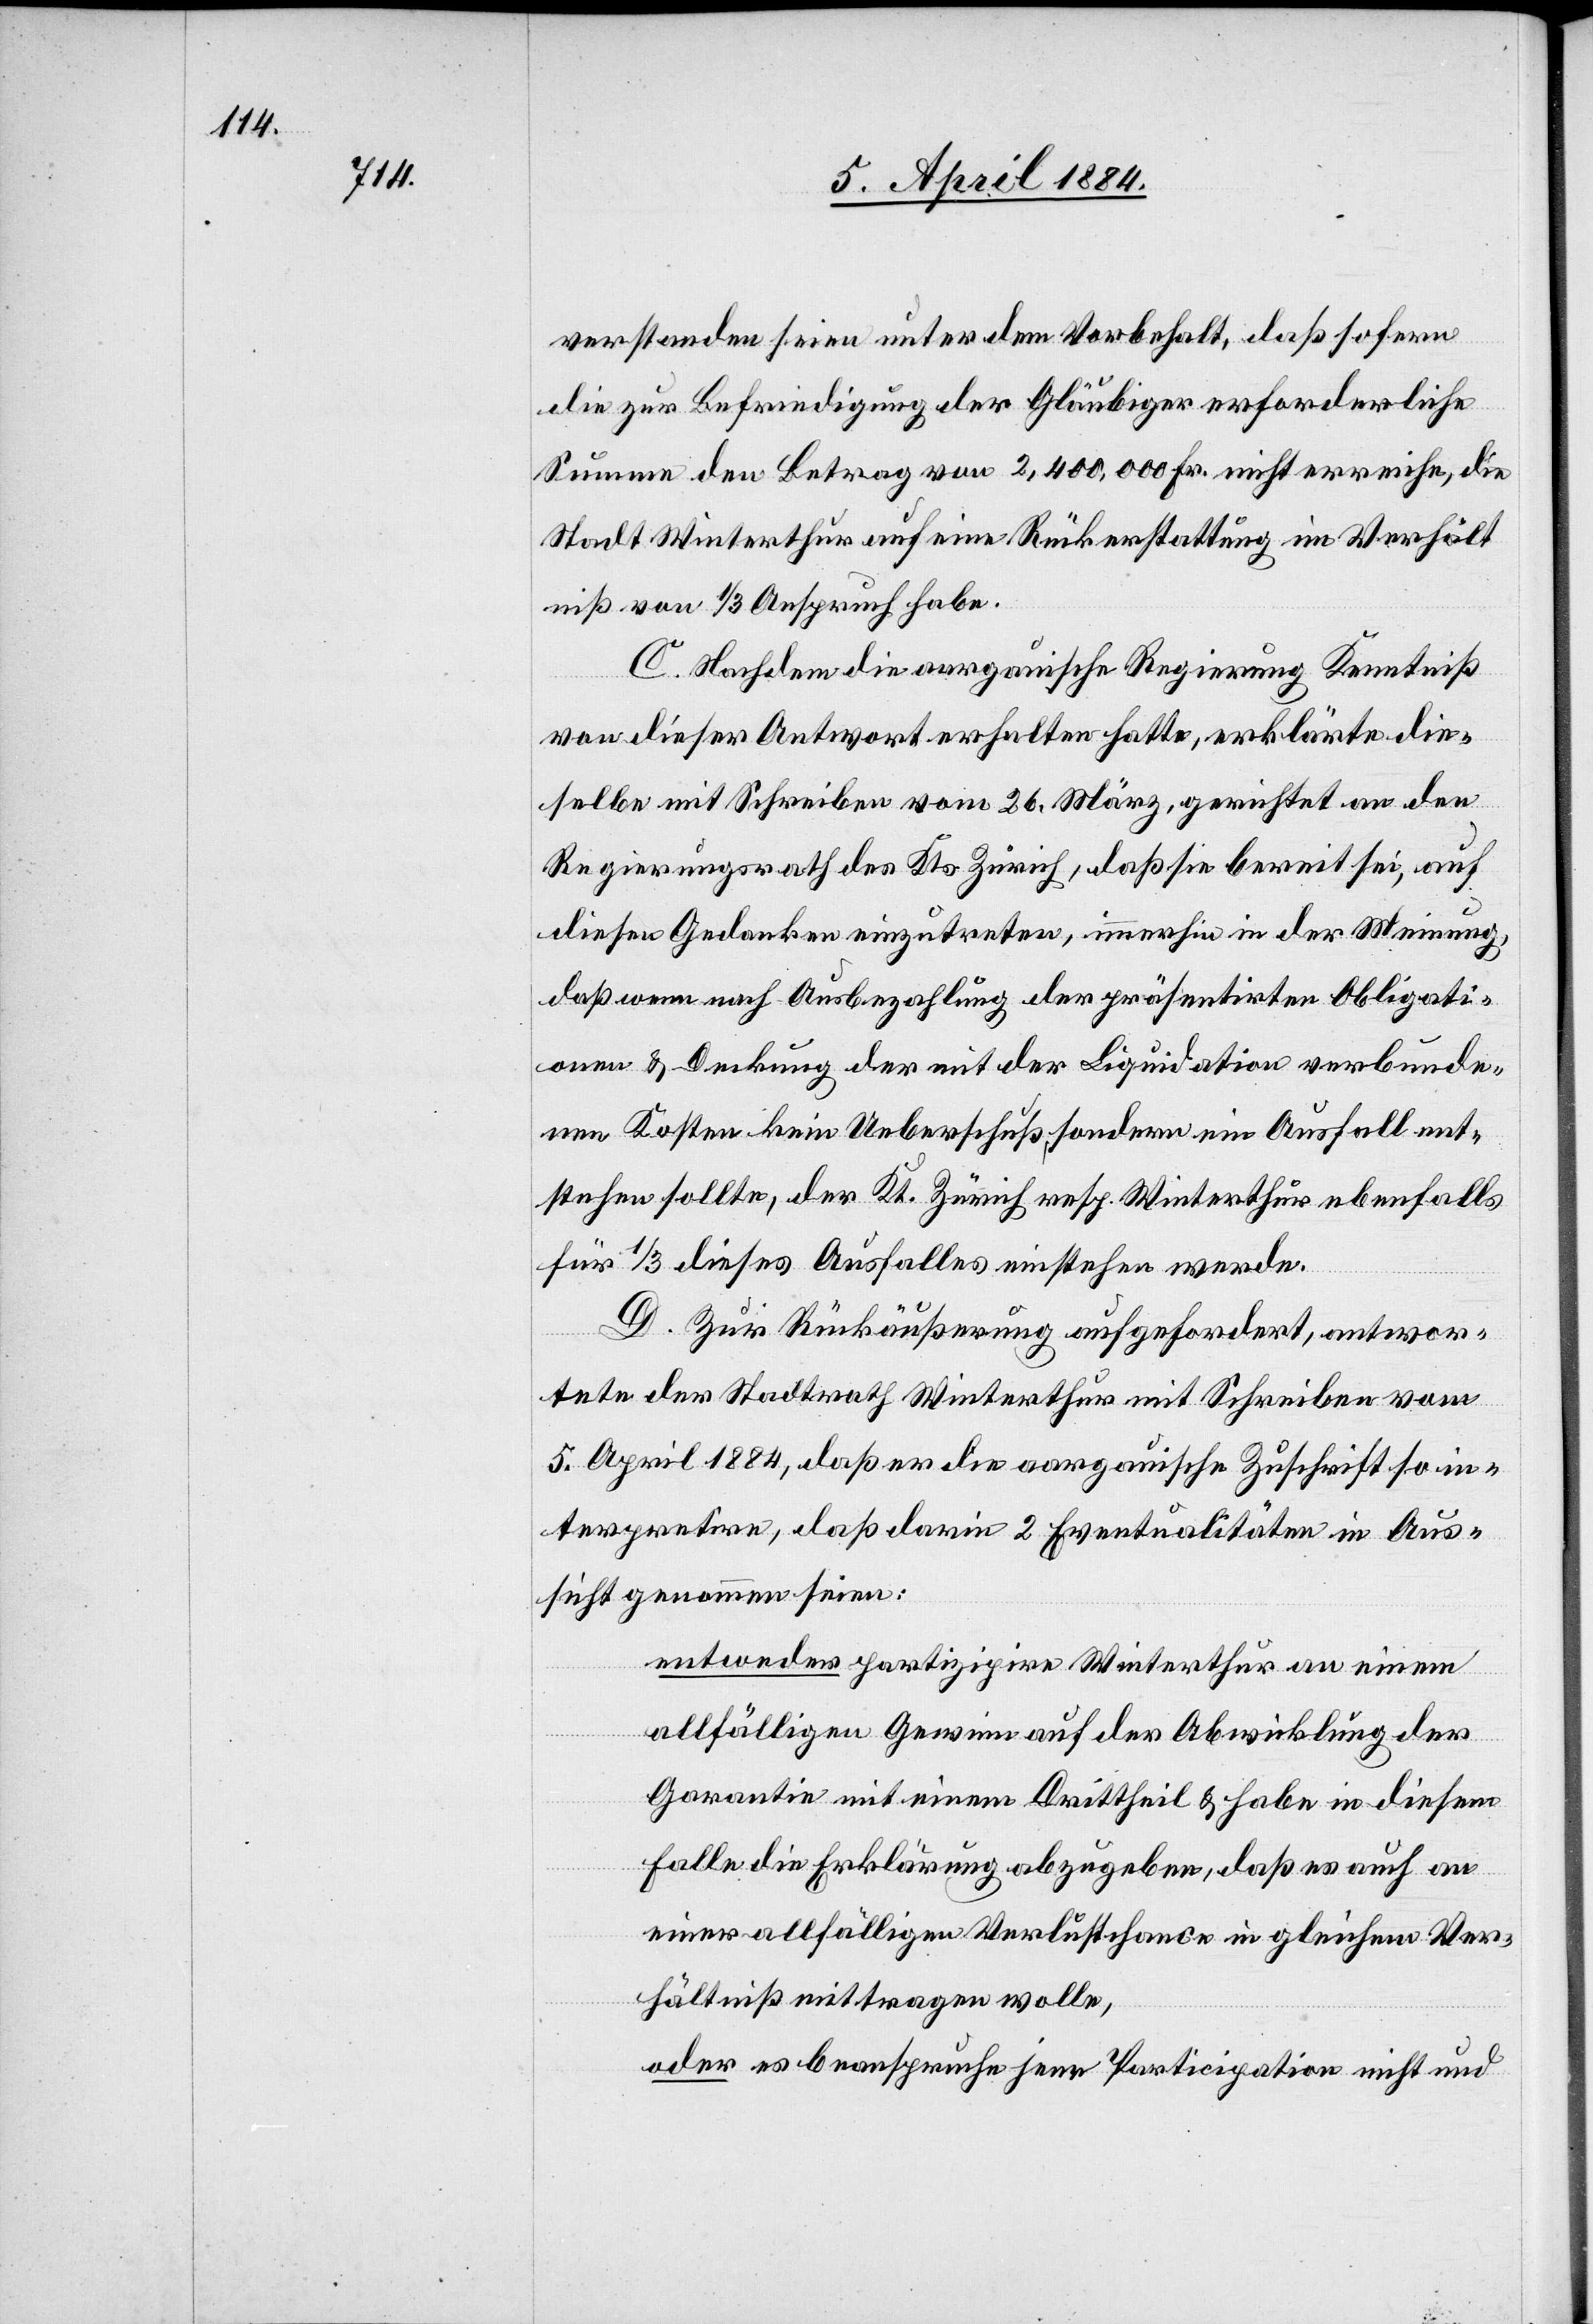
verstanden seien unter dem Vorbehalt, daß sofern
die zur Befriedigung der Gläubiger erforderliche
Summe den Betrag von 2,400,000 Fr. nicht erreiche, die
Stadt Winterthur auf eine Rückerstattung im Verhält¬
niß von 1/3 Anspruch habe.
C. Nachdem die aargauische Regierung Kenntniß
von dieser Antwort erhalten hatte, erklärte die¬
selbe mit Schreiben vom 26. März, gerichtet an den
Regierungsrath des Kts. Zürich, daß sie bereit sei, auf
diesen Gedanken einzutreten, immerhin in der Meinung,
daß wenn nach Ausbezahlung der präsentirten Obligati¬
onen & Deckung der mit der Liquidation verbunde¬
nen Kosten kein Ueberschuß, sondern ein Ausfall ent¬
stehen sollte, der Kt. Zürich resp. Winterthur ebenfalls
für 1/3 dieses Ausfallen einstehen werde.
D. Zur Rückäußerung aufgefordert, antwor¬
tete der Stadtrath Winterthur mit Schreiben vom
5. April 1884, daß er die aargauische Zuschrift so in¬
terpretire, daß darin 2 Eventualitäten in Aus¬
sicht genommen seien:
entweder partizipire Winterthur an einem
allfälligen Gewinn auf der Abwicklung der
Garantie mit einem Drittheil & habe in diesem
Falle die Erklärung abzugeben, daß es auch an
einer allfälligen Verlustchance in gleichem Ver¬
hältniß mittragen wolle,
oder es beanspruche jene Participation nicht und